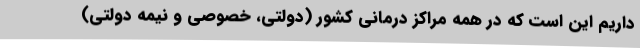
داریم این است که در همه مراکز درمانی کشور (دولتی، خصوصی و نیمه دولتی)